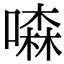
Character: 𠾣